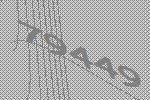
79449